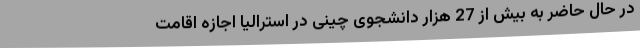
در حال حاضر به بیش از 27 هزار دانشجوی چینی در استرالیا اجازه اقامت